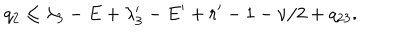
q _ { 2 } \le \lambda _ { 3 } - E + \lambda _ { 3 } ^ { \prime } - E ^ { \prime } + r ^ { \prime } - 1 - \nu / 2 + q _ { 2 3 } .